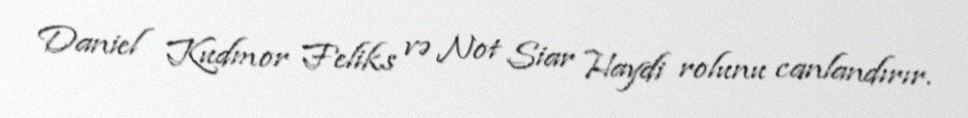
Daniel Kudmor Feliks və Not Siar Haydi rolunu canlandırır.